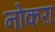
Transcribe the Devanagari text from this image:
नोकरा